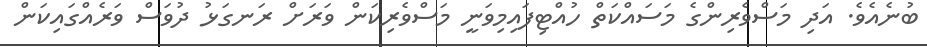
ބުނެއެވެ. އަދި މަސްވެރިންގެ މަސައްކަތް ހުއްޓިފައިމިވަނީ މަސްވެރިކަން ވަރަށް ރަނގަޅު ދުވަސް ވަރެއްގައިކަން